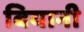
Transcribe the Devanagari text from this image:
बियानी